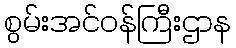
စွမ်းအင်ဝန်ကြီးဌာန